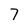
Character: 7